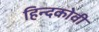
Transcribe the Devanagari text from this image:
हिन्दकोवी